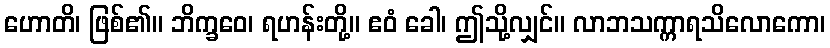
ဟောတိ၊ ဖြစ်၏။ ဘိက္ခဝေ၊ ရဟန်းတို့။ ဧဝံ ခေါ၊ ဤသို့လျှင်။ လာဘသက္ကာရသိလောကော၊